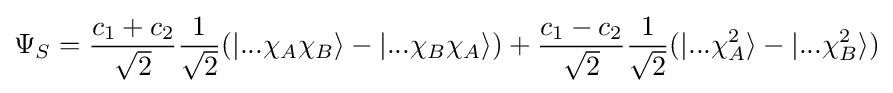
\Psi _{S}={\frac {c_{1}+c_{2}}{\sqrt {2}}}{\frac {1}{\sqrt {2}}}(|...\chi _{A}\chi _{B}\rangle -|...\chi _{B}\chi _{A}\rangle )+{\frac {c_{1}-c_{2}}{\sqrt {2}}}{\frac {1}{\sqrt {2}}}(|...\chi _{A}^{2}\rangle -|...\chi _{B}^{2}\rangle )